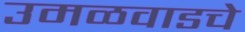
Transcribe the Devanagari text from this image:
उमळवाडचे